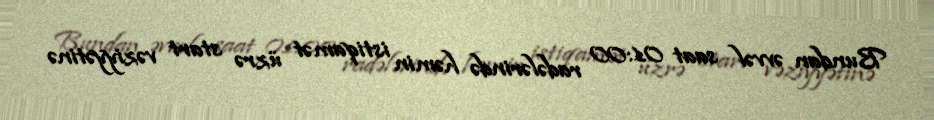
Bundan əvvəl saat 01:00 radələrində həmin istiqamət üzrə start vəziyyətinə